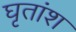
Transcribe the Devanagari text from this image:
घृतांश